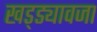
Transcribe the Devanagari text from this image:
खड्ड्यावजा